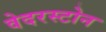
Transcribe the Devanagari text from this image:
वेदरस्‍टोन